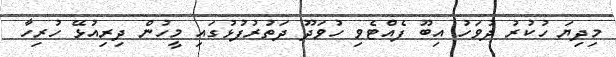
މިދިޔަ ހުކުރު ދުވަހު އިބޫ ފެއްޓެވި ހުވަދޫ ދަތުރުފުޅުގައި މީހުން ދިރިއުޅޭ ހުރިހާ